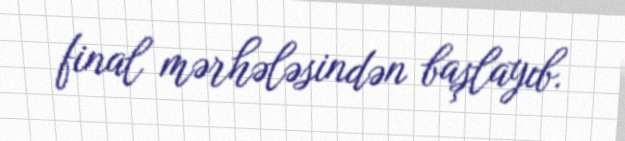
final mərhələsindən başlayıb.